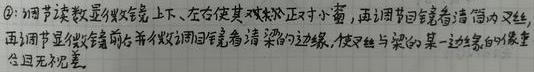
\textcircled{2}调节读数显微镜镜筒上、下、左右使其大致正对小窗，再调节目镜看清分划叉丝，再调节显微镜镜筒并移动小窗看清梁的边缘，使叉丝与梁的某一边缘的像重合且无视差。